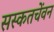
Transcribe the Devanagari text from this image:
सस्कतचेंवन